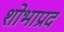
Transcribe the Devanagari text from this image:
शोभाप्रद